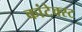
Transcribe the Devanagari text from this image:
कांटेक्स्ट